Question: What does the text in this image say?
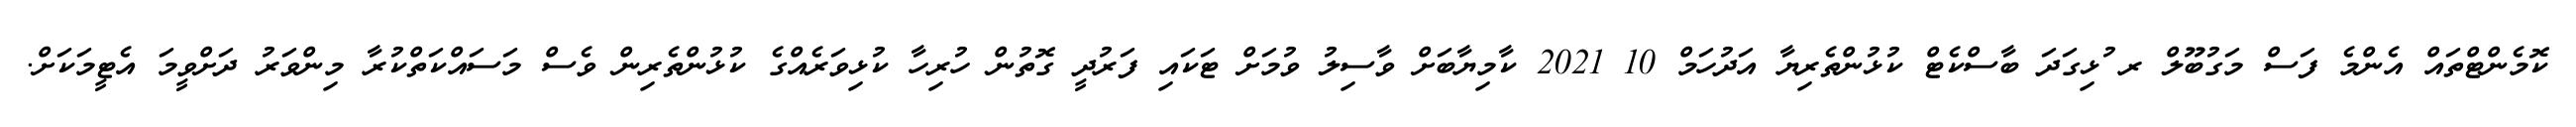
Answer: ކޮމެންޓްތައް އެންމެ ފަސް މަގުބޫލް ރ ުޅިގަދަ ބާސްކެޓް ކުޅުންތެރިޔާ އަދުހަމް 10 2021 ކާމިޔާބަށް ވާސިލު ވުމަށް ޓަކައި ފަރުދީ ގޮތުން ހުރިހާ ކުޅިވަރެއްގެ ކުޅުންތެރިން ވެސް މަސައްކަތްކުރާ މިންވަރު ދަށްވީމަ އެޓީމަކަށް.